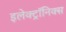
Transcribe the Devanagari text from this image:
इलेक्ट्रॉनिक्‍स